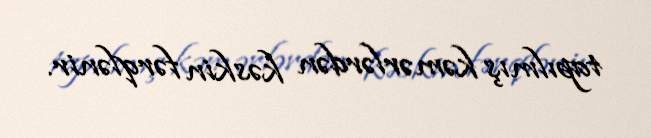
tapılmış kəmərlərdən kəskin fərqlənir.